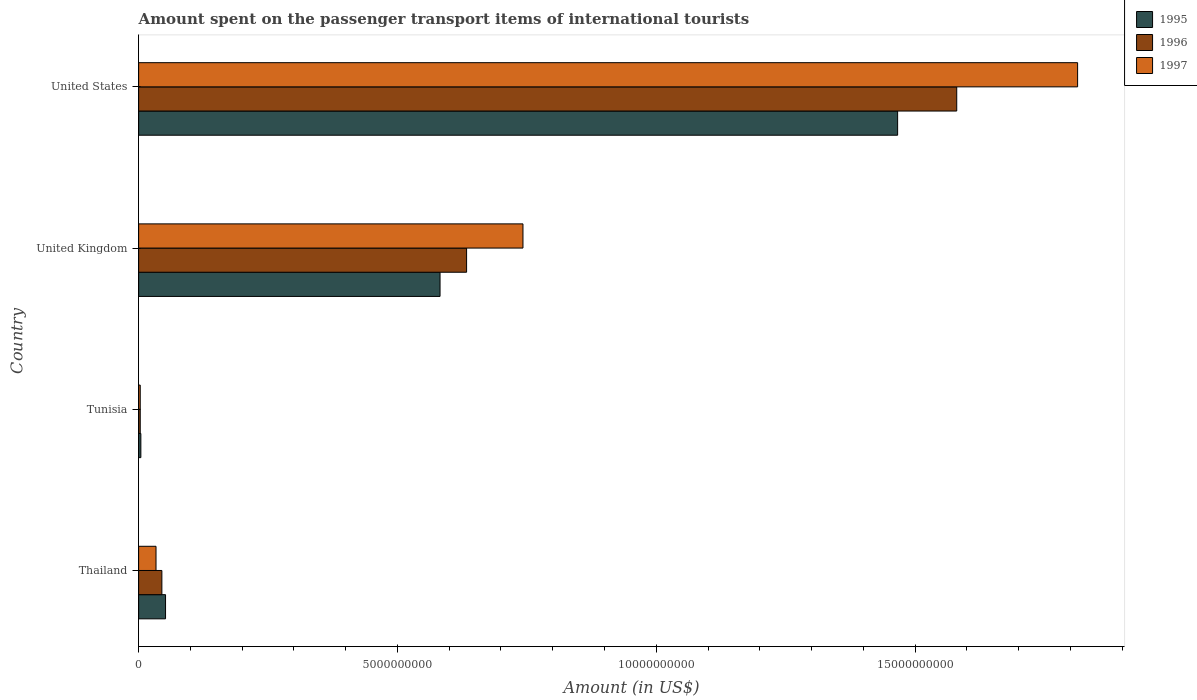
| Country | 1995 | 1996 | 1997 |
 | --- | --- | --- | --- |
 | Thailand | 5.2e+08 | 4.49e+08 | 3.36e+08 |
 | Tunisia | 4.3e+07 | 3.1e+07 | 3.1e+07 |
 | United Kingdom | 5.82e+09 | 6.34e+09 | 7.42e+09 |
 | United States | 1.47e+10 | 1.58e+10 | 1.81e+10 |